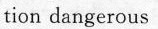
tion dangerous